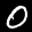
Label: 0